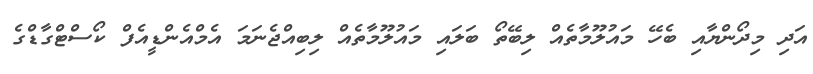
އަދި މިދޯންޔާއި ބެހޭ މައުލޫމާތެއް ލިބޭތޯ ބަލައި މައުލޫމާތެއް ލިބިއްޖެނަމަ އެމްއެންޑީއެފް ކޯސްޓްގާޑްގެ